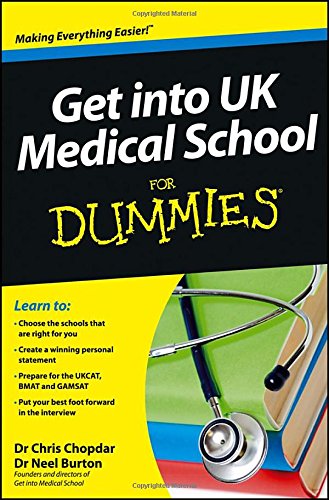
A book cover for Get into UK Medical School For Dummies; Neel Burton Chris Chopdar; Education & Teaching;